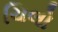
ચિલો